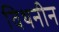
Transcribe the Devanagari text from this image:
विथनीन